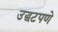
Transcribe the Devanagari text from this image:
उद्धटपणे